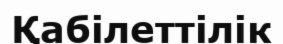
Қабілеттілік